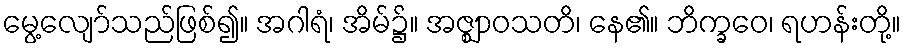
မွေ့လျော်သည်ဖြစ်၍။ အဂါရံ၊ အိမ်၌။ အဇ္ဈာဝသတိ၊ နေ၏။ ဘိက္ခဝေ၊ ရဟန်းတို့။